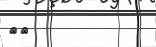
٢٠